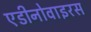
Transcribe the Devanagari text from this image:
एडीनोवाइरस